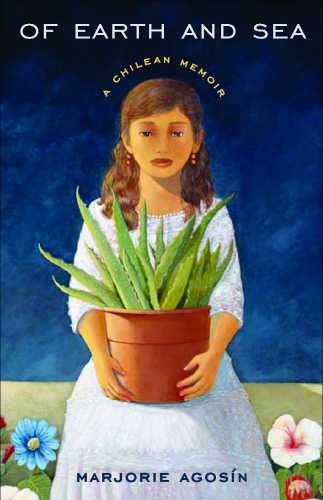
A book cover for Of Earth and Sea: A Chilean Memoir (Camino del Sol); Marjorie AgosÃ­n; Travel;